Indian journal of veterinary science and animal husbandry - Volume 5,
Year: 1935
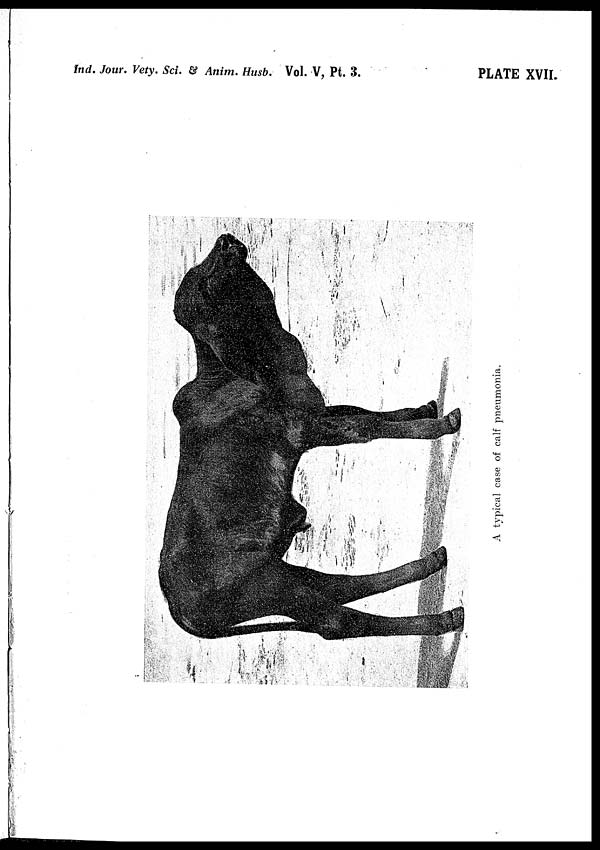
Ind. Jour. Vety. Sci. & Anim. Husb. Vol. V, Pt. 3.
PLATE XVII.
A typical case of calf pneumonia.